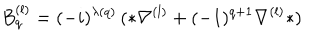
B _ { q } ^ { ( l ) } = ( - i ) ^ { \lambda ( q ) } \, ( * \nabla ^ { ( l ) } + ( - 1 ) ^ { q + 1 } \nabla ^ { ( l ) } * )